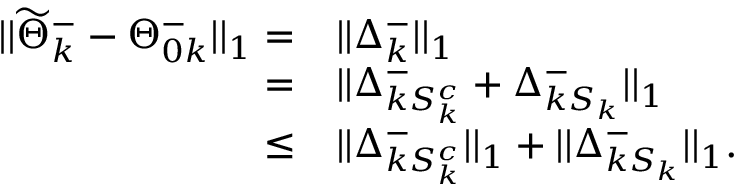
\begin{array} { r l } { | | \widetilde { \Theta } _ { k } ^ { - } - \Theta _ { 0 k } ^ { - } | | _ { 1 } = } & { | | \Delta _ { k } ^ { - } | | _ { 1 } } \\ { = } & { | | \Delta _ { k S _ { k } ^ { c } } ^ { - } + \Delta _ { k S _ { k } } ^ { - } | | _ { 1 } } \\ { \leq } & { | | \Delta _ { k S _ { k } ^ { c } } ^ { - } | | _ { 1 } + | | \Delta _ { k S _ { k } } ^ { - } | | _ { 1 } . } \end{array}